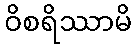
ဝိစရိဿာမိ